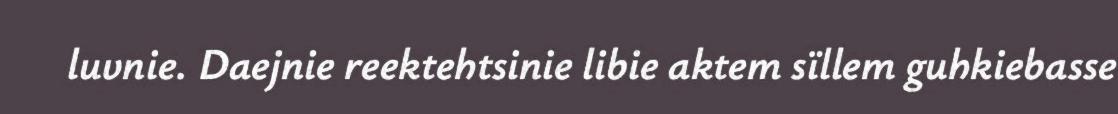
luvnie. Daejnie reektehtsinie libie aktem sïllem guhkiebasse